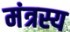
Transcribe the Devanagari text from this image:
मंत्रस्य